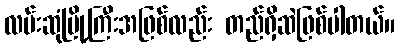
လမ်းဆုံမြို့ကြီးအဖြစ်လည်း တည်ရှိဆဲဖြစ်ပါတယ်။